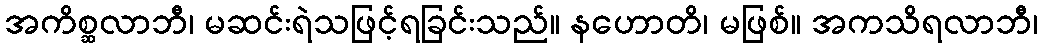
အကိစ္ဆလာဘီ၊ မဆင်းရဲသဖြင့်ရခြင်းသည်။ နဟောတိ၊ မဖြစ်။ အကသိရလာဘီ၊